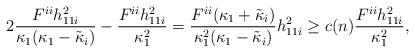
LaTeX: \begin{align*}2\frac{F^{ii}h_{11i}^2}{\kappa_1 (\kappa_1 -\tilde{\kappa}_i )}-\frac{ F^{ii}h_{11i}^2}{\kappa_1^2}=\frac{F^{ii} (\kappa_1 +\tilde{\kappa}_i )}{\kappa_1^2 (\kappa_1 -\tilde{\kappa}_i )}h_{11i}^2\geq c(n)\frac{ F^{ii}h_{11i}^2}{\kappa_1^2},\end{align*}